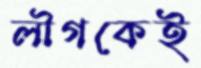
লীগকেই